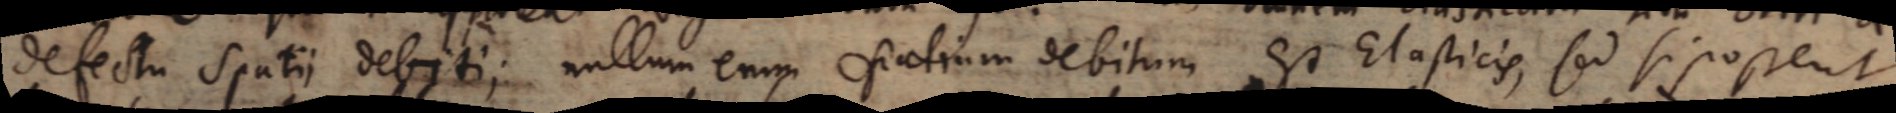
defectu spatii debiti; nullum enim spatium debitum est Elasticis, sed si possent